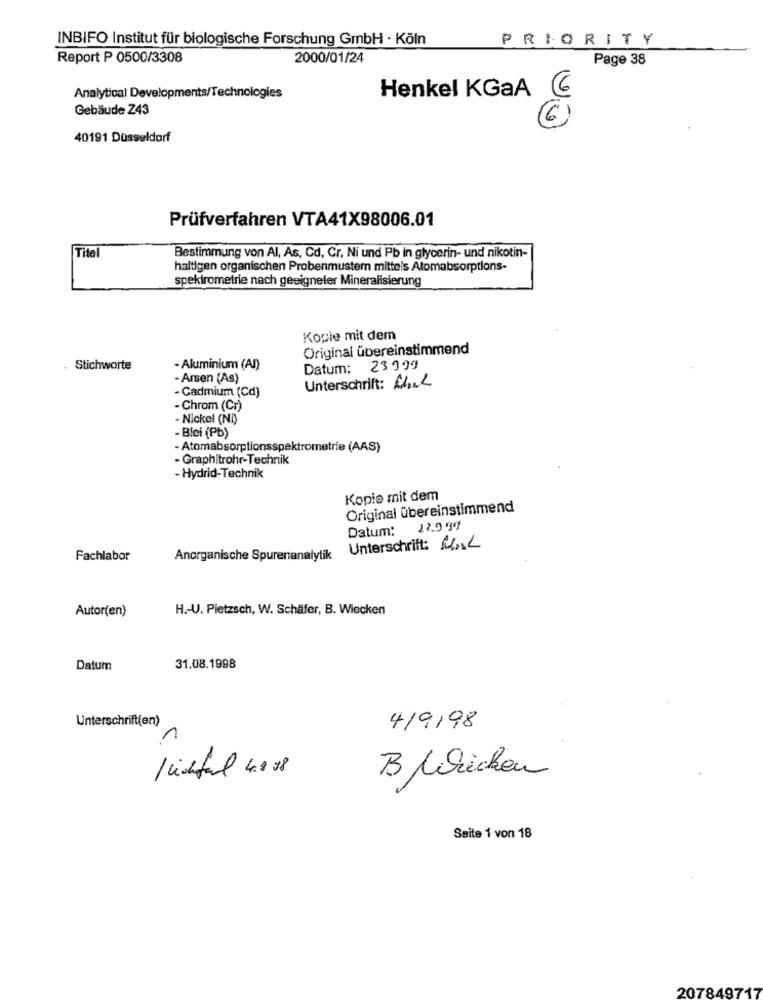
INBIFO Institut für biologische Forschung GmbH · Köln
PRIORITY
Report P 0500/3308
2000/01/24
Page 38
Henkel KGaA
6
Analytical Developments/Technologies
Gebäude Z43
40191 Düsseldorf
Prüfverfahren VTA41X98006.01
Titel
Bestimmung von Al, As, Cd, Cr, Ni und Pb in glycerin- und nikotin-
haltigen organischen Probenmustern mittels Atomabsorptions-
spektrometrie nach geeigneter Mineralisierung
Kopie mit dem
Original übereinstimmend
Stichworte
- Aluminium (AI)
Datum: 23999
- Arsen (As)
- Cadmium (Cd)
Unterschrift: Link
- Chrom (Cr)
- Nickel (Ni)
Blei (Pb)
- Atomabsorptionsspektrometrie (AAS)
- Graphitrohr-Technik
- Hydrid-Technik
Kopie mit dem
Original übereinstimmend
Datum: 22.9 99
Unterschrift: R.L
Fachlabor
Anorganische Spurenanalytik
Autor(en)
H .- U. Pietzsch, W. Schäfer, B. Wiecken
Datum
31.08.1998
Unterschrift(en)
4/9/98
1
Michful 4008
B lrücken
Seite 1 von 18
207849717